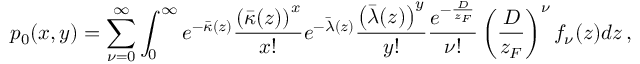
p _ { 0 } ( x , y ) = \sum _ { \nu = 0 } ^ { \infty } \int _ { 0 } ^ { \infty } e ^ { - \bar { \kappa } ( z ) } \frac { \left( \bar { \kappa } ( z ) \right) ^ { x } } { x ! } e ^ { - \bar { \lambda } ( z ) } \frac { \left( \bar { \lambda } ( z ) \right) ^ { y } } { y ! } \frac { e ^ { - \frac { D } { z _ { F } } } } { \nu ! } \left( \frac { D } { z _ { F } } \right) ^ { \nu } f _ { \nu } ( z ) d z \, ,